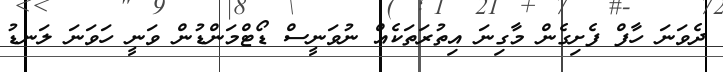
ދެވަނަ ހާފް ފެށިގެން މާގިނަ އިތުރަތަކެއް ނުވަނީސް ޑޯޓްމަންޑުން ވަނީ ހަވަނަ ލަނޑު